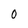
Character: O